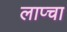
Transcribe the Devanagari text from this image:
लाप्चा